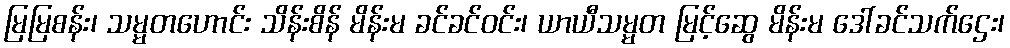
မြမြစန်း၊ သမ္မတဟောင်း သိန်းစိန် မိန်းမ ခင်ခင်ဝင်း၊ ယာယီသမ္မတ မြင့်ဆွေ မိန်းမ ဒေါ်ခင်သက်ဌေး၊